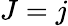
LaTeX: J=j